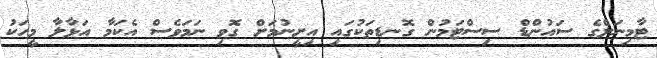
ޓާމިނަލްގެ ސައުންޑް ސިސްޓަމުން ގޮނޑިތަކުގައި އިށީނުމަށް ގޮވި ނަމަވެސް އެކަމާ އަޅާލާ މީހަކު